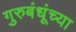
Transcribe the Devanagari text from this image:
गुरुबंधूंच्या